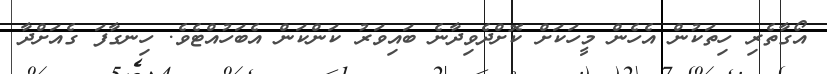
އޯގާތެރި ހިތަކުން އެހެން މީހަކަށް ކޮށްދެވިދާނެ ބައިވަރު ކަންކަން އެބަހުއްޓެވެ. ހިނގާފަ ގެއަށްދާ